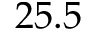
2 5 . 5